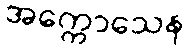
အက္ကောသေန